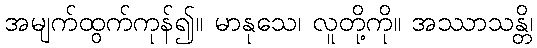
အမျက်ထွက်ကုန်၍။ မာနုသေ၊ လူတို့ကို။ အဿာသန္တိ၊